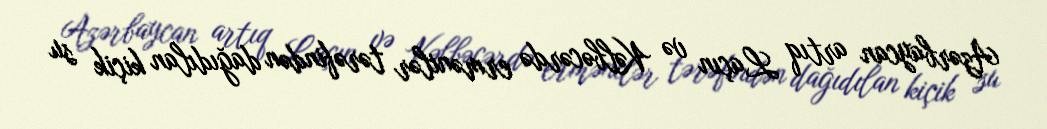
Azərbaycan artıq Laçın və Kəlbəcərdə ermənilər tərəfindən dağıdılan kiçik su